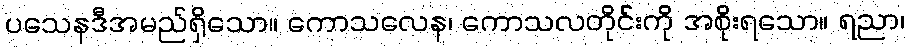
ပသေနဒီအမည်ရှိသော။ ကောသလေန၊ ကောသလတိုင်းကို အစိုးရသော။ ရညာ၊